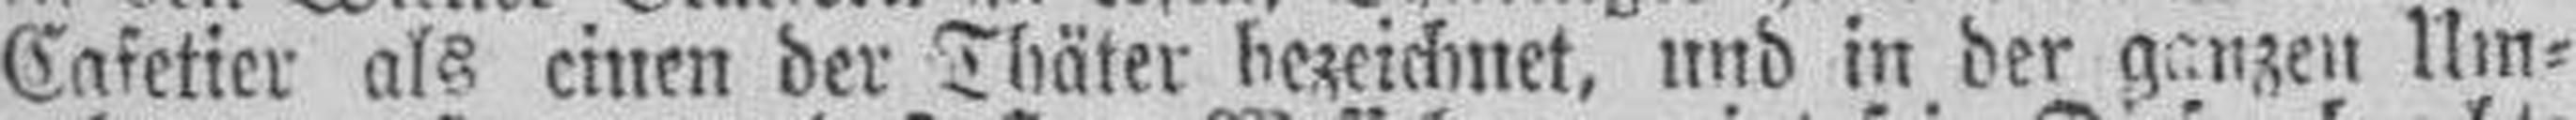
Cafetier als einen der Thäter bezeichnet, und in der ganzen Um¬